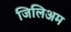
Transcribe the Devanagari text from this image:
जिलिअम